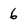
Character: 6